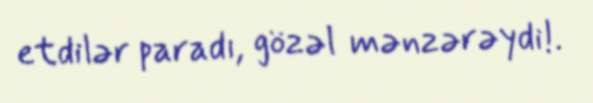
etdilər paradı, gözəl mənzərəydi!.